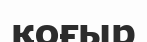
қоғыр